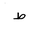
Letter: _da